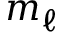
m _ { \ell }